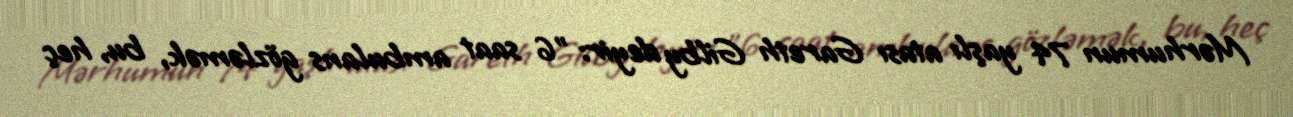
Mərhumun 74 yaşlı atası Gareth Gilby deyir: "6 saat ambulans gözləmək, bu, heç